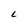
Character: C